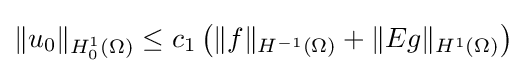
\|u_{0}\|_{H_{0}^{1}(\Omega )}\leq c_{1}\left(\|f\|_{H^{-1}(\Omega )}+\|Eg\|_{H^{1}(\Omega )}\right)